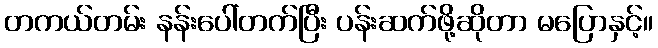
တကယ်တမ်း နန်းပေါ်တက်ပြီး ပန်းဆက်ဖို့ဆိုတာ မပြောနှင့်။